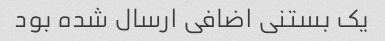
یک بستنی اضافی ارسال شده بود